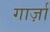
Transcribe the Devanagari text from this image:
गार्ज़ा